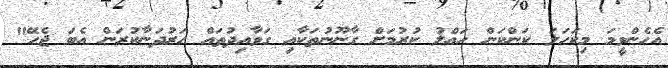
އެހެންވީމަ މިކަހަލަ ކަންކަން ހައްލު ކުރުމަށް ގާނޫނުތަކާއި ގަވާއިދުތައް ހަރުދަނާކުރަން އެބަ ޖެހޭ"